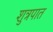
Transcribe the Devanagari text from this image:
शुत्रपात